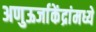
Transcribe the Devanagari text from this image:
अणुऊर्जाकेंद्रांमध्ये